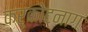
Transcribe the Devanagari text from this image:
कर्कोटनाग